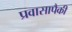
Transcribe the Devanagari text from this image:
प्रवासापैकी